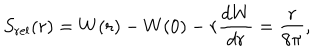
LaTeX: S _ { \mathrm { r e l } } ( r ) = W ( r ) - W ( 0 ) - r { \frac { d W } { d r } } = \frac { r } { 8 \pi } ,